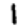
Digit: 1